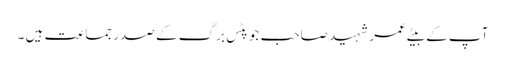
آپ کے بیٹے عمر شہید صاحب جو پِٹس برگ کے صدر جماعت ہیں ۔